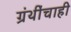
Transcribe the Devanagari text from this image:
ग्रंथींचाही